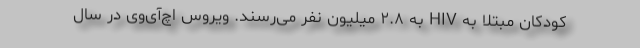
کودکان مبتلا به HIV به ۲.۸ میلیون نفر می‌رسند. ویروس اچ‌آی‌وی در سال